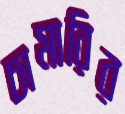
চামারির